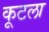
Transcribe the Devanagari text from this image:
कूटला